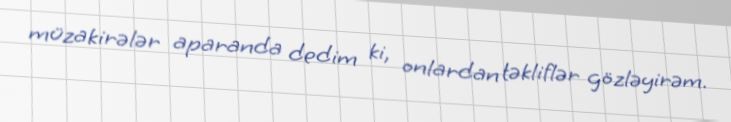
müzakirələr aparanda dedim ki, onlardan təkliflər gözləyirəm.